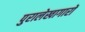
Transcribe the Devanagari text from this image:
पुरालेखागारों